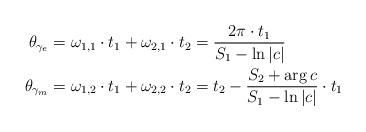
LaTeX: \begin{align*}\theta_{\gamma_e} &= \omega_{1,1} \cdot t_1 + \omega_{2,1} \cdot t_2 = \frac{2\pi \cdot t_1}{S_1 - \ln|c|} \\\theta_{\gamma_m} &= \omega_{1,2} \cdot t_1 + \omega_{2,2} \cdot t_2 = t_2 -\frac{S_2+ \arg c}{S_1 - \ln |c|} \cdot t_1\end{align*}